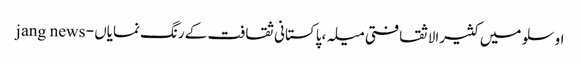
اوسلو میں کثیرالاثقافتی میلہ ،پاکستانی ثقافت کے رنگ نمایاں - jang news